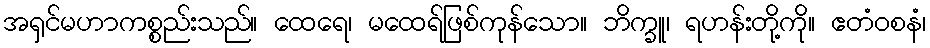
အရှင်မဟာကစ္စည်းသည်။ ထေရေ၊ မထေရ်ဖြစ်ကုန်သော။ ဘိက္ခူ၊ ရဟန်းတို့ကို။ ဧတံဝစနံ၊